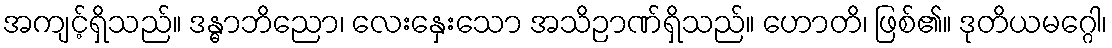
အကျင့်ရှိသည်။ ဒန္ဓာဘိညော၊ လေးနှေးသော အသိဉာဏ်ရှိသည်။ ဟောတိ၊ ဖြစ်၏။ ဒုတိယမဂ္ဂေါ၊